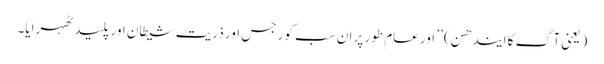
(یعنی آگ کا ایندھن) ’’ اور عام طور پر ان سب کو رجس اور ذریت شیطان اور پلید ٹھہرایا۔